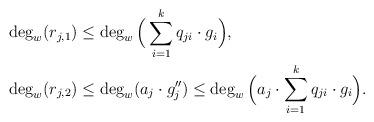
LaTeX: \begin{align*} \deg_w(r_{j,1})&\leq \deg_w\Big(\sum_{i=1}^k q_{ji} \cdot g_i\Big), \\ \deg_w(r_{j,2})&\leq \deg_w(a_j \cdot g_j'') \leq \deg_w\Big(a_j \cdot \sum_{i=1}^k q_{ji}\cdot g_i\Big). \end{align*}